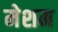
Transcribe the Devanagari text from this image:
मेशम